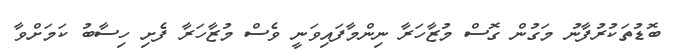
ބޮޑުތަކުރުފާނު މަގުން ގޮސް މުޒާހަރާ ނިންމާފައިވަނީ ވެސް މުޒާހަރާ ފެށި ހިސާބު ކަމަށްވާ